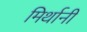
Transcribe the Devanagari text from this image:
मिर्थानी